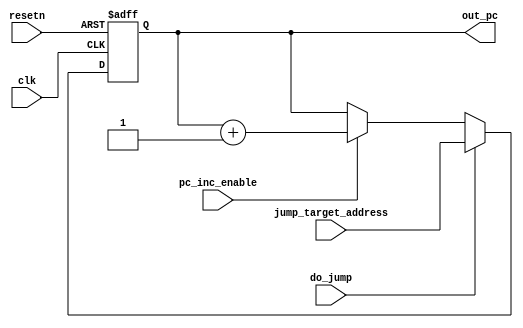
module program_counter(
	input clk, resetn, do_jump, pc_inc_enable,
	input[15:0] jump_target_address,
	output reg[15:0] out_pc
);
	always @(posedge clk, negedge resetn)
	begin
		if(!resetn)
			out_pc <= 16'b0;
		else begin 
			if (do_jump)
				out_pc <= jump_target_address;
			else if (pc_inc_enable)
				out_pc <= out_pc + 16'd1;
		end
	end
endmodule